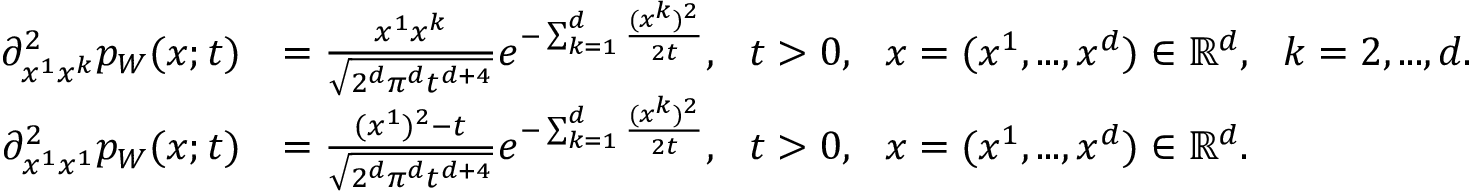
\begin{array} { r l } { \partial _ { x ^ { 1 } x ^ { k } } ^ { 2 } p _ { W } ( x ; t ) } & { = \frac { x ^ { 1 } x ^ { k } } { \sqrt { 2 ^ { d } \pi ^ { d } t ^ { d + 4 } } } e ^ { - \sum _ { k = 1 } ^ { d } \frac { ( x ^ { k } ) ^ { 2 } } { 2 t } } , ~ ~ t > 0 , ~ ~ x = ( x ^ { 1 } , . . . , x ^ { d } ) \in { \mathbb R } ^ { d } , ~ ~ k = 2 , . . . , d . } \\ { \partial _ { x ^ { 1 } x ^ { 1 } } ^ { 2 } p _ { W } ( x ; t ) } & { = \frac { ( x ^ { 1 } ) ^ { 2 } - t } { \sqrt { 2 ^ { d } \pi ^ { d } t ^ { d + 4 } } } e ^ { - \sum _ { k = 1 } ^ { d } \frac { ( x ^ { k } ) ^ { 2 } } { 2 t } } , ~ ~ t > 0 , ~ ~ x = ( x ^ { 1 } , . . . , x ^ { d } ) \in { \mathbb R } ^ { d } . } \end{array}